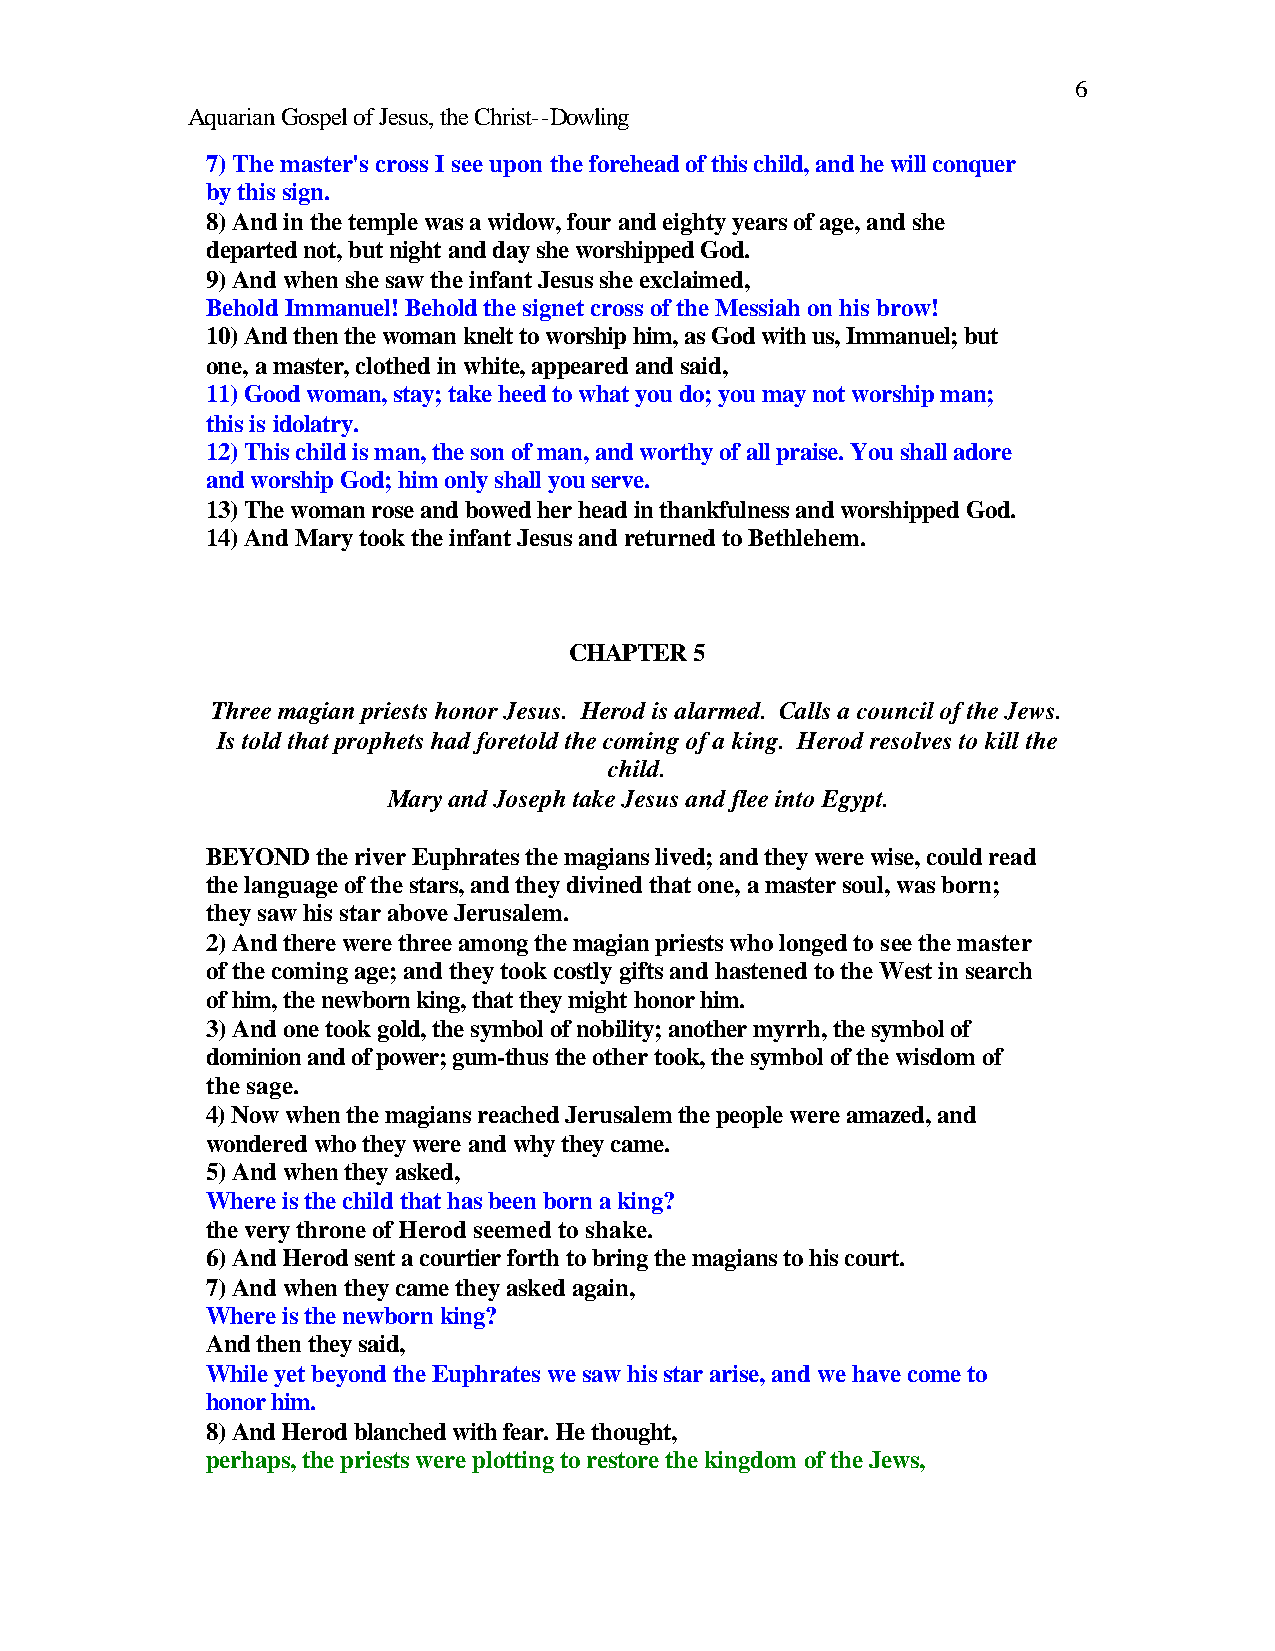
6
 Aquarian Gospel of Jesus, the Christ--Dowling
 7) The master's cross I see upon the forehead of this child, and he will conquer
 by this sign.
 8) And in the temple was a widow, four and eighty years of age, and she
 departed not, but night and day she worshipped God.
 9) And when she saw the infant Jesus she exclaimed,
 Behold Immanuel! Behold the signet cross of the Messiah on his brow!
 10) And then the woman knelt to worship him, as God with us, Immanuel; but
 one, a master, clothed in white, appeared and said,
 11) Good woman, stay; take heed to what you do; you may not worship man;
 this is idolatry.
 12) This child is man, the son of man, and worthy of all praise. You shall adore
 and worship God; him only shall you serve.
 13) The woman rose and bowed her head in thankfulness and worshipped God.
 14) And Mary took the infant Jesus and returned to Bethlehem.
 CHAPTER 5
 Three magian priests honor Jesus. Herod is alarmed. Calls a council of the Jews.
 Is told that prophets had foretold the coming of a king. Herod resolves to kill the
 child.
 Mary and Joseph take Jesus and flee into Egypt.
 BEYOND the river Euphrates the magians lived; and they were wise, could read
 the language of the stars, and they divined that one, a master soul, was born;
 they saw his star above Jerusalem.
 2) And there were three among the magian priests who longed to see the master
 of the coming age; and they took costly gifts and hastened to the West in search
 of him, the newborn king, that they might honor him.
 3) And one took gold, the symbol of nobility; another myrrh, the symbol of
 dominion and of power; gum-thus the other took, the symbol of the wisdom of
 the sage.
 4) Now when the magians reached Jerusalem the people were amazed, and
 wondered who they were and why they came.
 5) And when they asked,
 Where is the child that has been born a king?
 the very throne of Herod seemed to shake.
 6) And Herod sent a courtier forth to bring the magians to his court.
 7) And when they came they asked again,
 Where is the newborn king?
 And then they said,
 While yet beyond the Euphrates we saw his star arise, and we have come to
 honor him.
 8) And Herod blanched with fear. He thought,
 perhaps, the priests were plotting to restore the kingdom of the Jews,